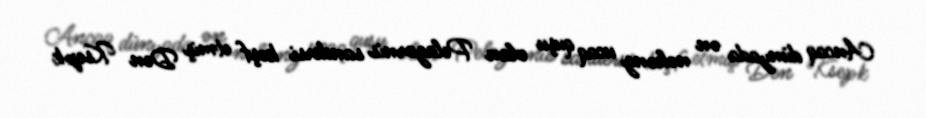
Ancaq dünyada ən nəhəng ucaq quşu olan Pelagornis sandersi kəşf etmiş Den Ksepk